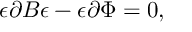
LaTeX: \epsilon \partial B \epsilon - \epsilon \partial \Phi = 0 , \,